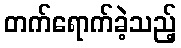
တက်ရောက်ခဲ့သည့်